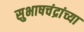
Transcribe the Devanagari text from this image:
सुभाषचंद्रांच्या